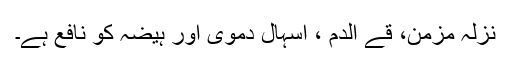
نزلہ مزمن، قے الدم ، اسہال دموی اور ہیضہ کو نافع ہے۔